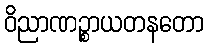
ဝိညာဏဉ္စာယတနတော